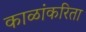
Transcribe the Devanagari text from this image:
काळांकरिता